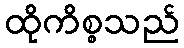
ထိုကိစ္စသည်